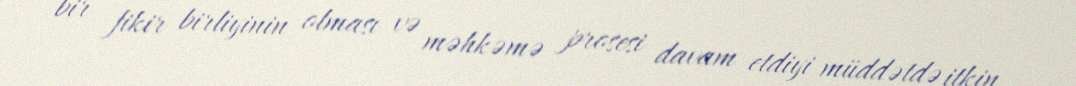
bir fikir birliyinin olması və məhkəmə prosesi davam etdiyi müddətdə itkin